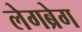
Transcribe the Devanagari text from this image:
लेगब्रेग